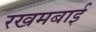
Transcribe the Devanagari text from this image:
रखमबाई